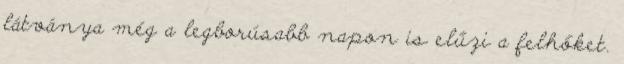
lát­vá­nya még a leg­bo­rú­sabb napon is elűzi a fel­hő­ket.